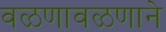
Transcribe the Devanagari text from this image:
वळणावळणाने